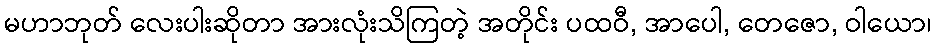
မဟာဘုတ် လေးပါးဆိုတာ အားလုံးသိကြတဲ့ အတိုင်း ပထဝီ, အာပေါ, တေဇော, ဝါယော၊